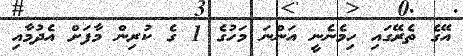
އޭގެ ތެރޭގައި ހިމެނެނީ އަންނަ މަހުގެ 1 ގެ ކުރިން މާފަށް އެދުމާއި